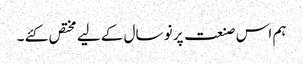
ہم اس صنعت پر نو سال کے لیے مختص کئے ۔